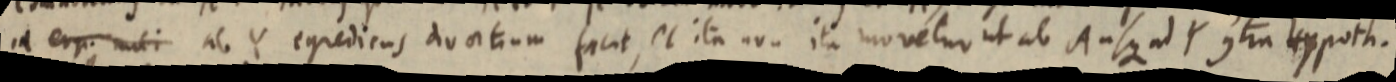
in erg. muti ab Y egredicus duatium facit, et ita non ita movetur ut ab A usque ad Y contra Hypoth.